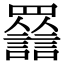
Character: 𧮀